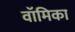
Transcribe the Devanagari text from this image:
वॉमिका